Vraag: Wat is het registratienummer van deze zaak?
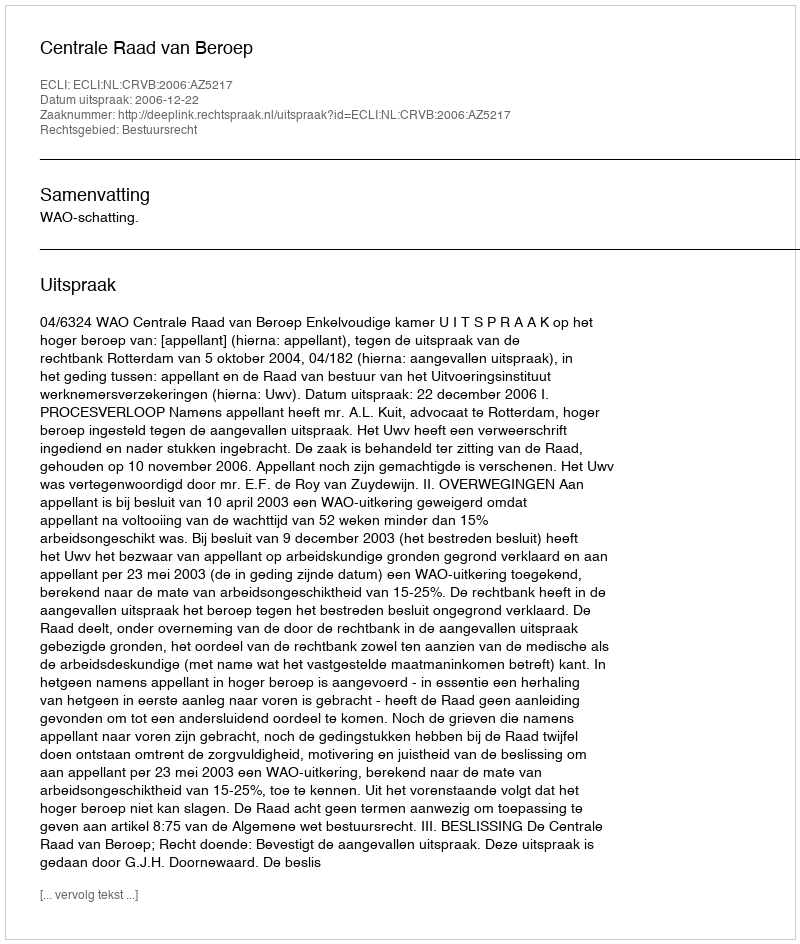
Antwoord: http://deeplink.rechtspraak.nl/uitspraak?id=ECLI:NL:CRVB:2006:AZ5217